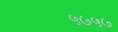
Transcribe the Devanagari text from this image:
५७५७